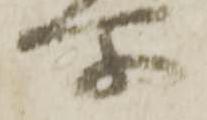
所